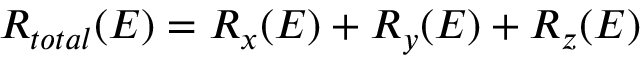
R _ { t o t a l } ( E ) = R _ { x } ( E ) + R _ { y } ( E ) + R _ { z } ( E )